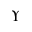
\Upsilon